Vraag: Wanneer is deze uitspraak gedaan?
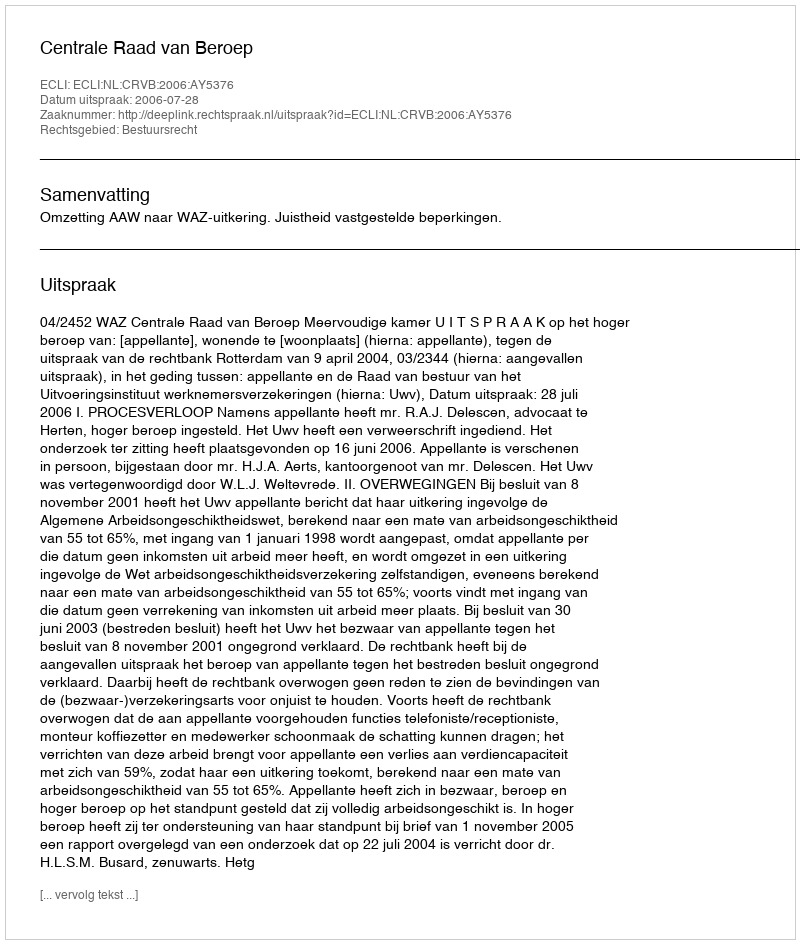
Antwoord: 2006-07-28